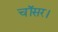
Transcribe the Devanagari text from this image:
चॉसर।